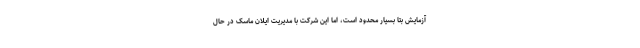
آزمایش بتا بسیار محدود است، اما این شرکت با مدیریت ایلان ماسک در حال